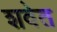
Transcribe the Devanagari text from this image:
शवेत